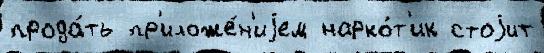
прода́ть пр'иложе́н'иjем нарко́т'ик стоjит